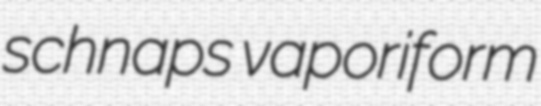
schnaps vaporiform